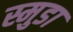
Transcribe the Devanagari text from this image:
स्मुडा